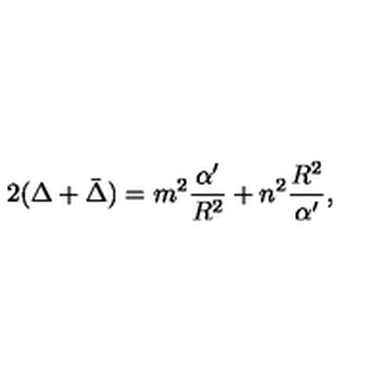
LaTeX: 2 ( \Delta + \bar { \Delta } ) = m ^ { 2 } \frac { \alpha ^ { \prime } } { R ^ { 2 } } + n ^ { 2 } \frac { R ^ { 2 } } { \alpha ^ { \prime } } ,